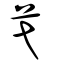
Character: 芅